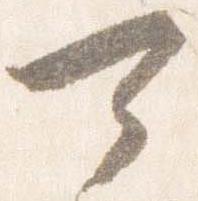
可